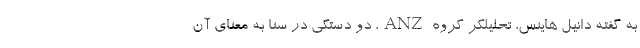
به گفته دانیل هاینس، تحلیلگر گروه ANZ، دو دستگی در سنا به معنای آن